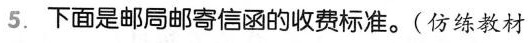
5.下面是邮局邮寄信函的收费标准。(仿练教材